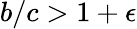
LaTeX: b/c>1+\epsilon